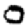
Digit: 0